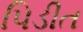
પિડીત